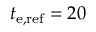
t _ { \mathrm { e , r e f } } = 2 0